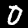
Label: 0